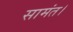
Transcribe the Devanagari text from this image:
सामंत।